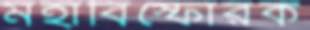
মহাবিস্ফোরক